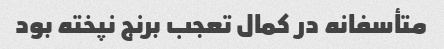
متأسفانه در کمال تعجب برنج نپخته بود